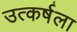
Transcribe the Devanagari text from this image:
उत्कर्षला